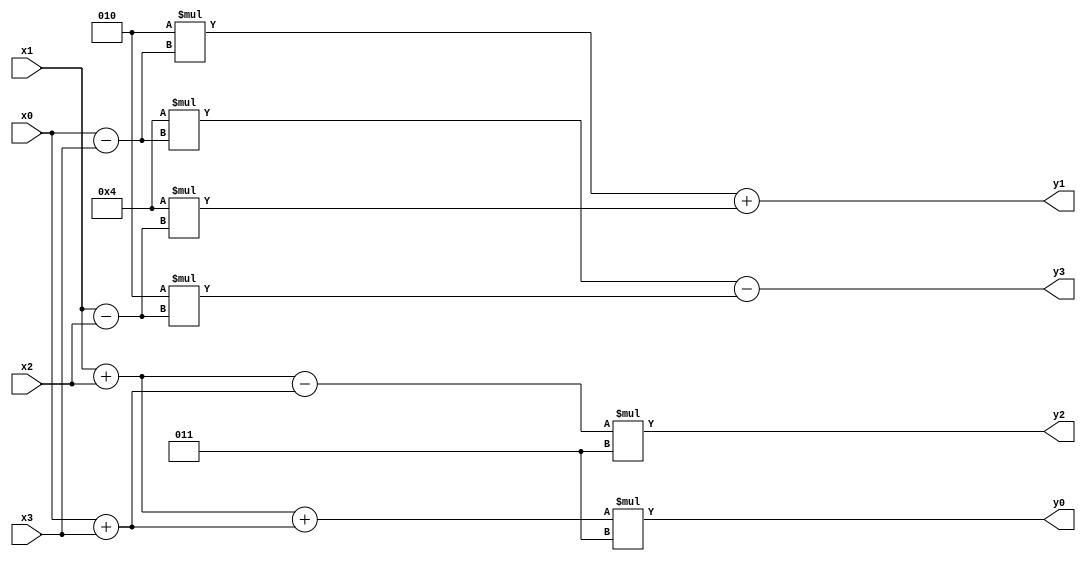
module dct_19BEE0032(input signed[3:0] x0,x1,x2,x3, output signed [6:0] y0,y1,y2,y3);
wire signed [5:0] w1,w2,w3,w4;

parameter c1=2; 
parameter c2=3; 
parameter c3=4; 

assign w1=x0+x3;
assign w2=x0-x3;
assign w3=x1+x2;
assign w4=x1-x2;

assign y0=(w3+w1)*c2;
assign y2=(w3-w1)*c2;
assign y1=(c1*w2+c3*w4);
assign y3=(c3*w2-c1*w4);
endmodule